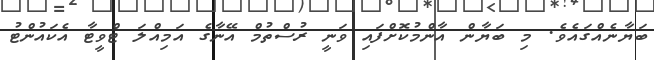
ބަޔާނެއްގައެވެ. މި ބަޔާން އާންމުކޮށްފައި ވަނީ ރުސްތުމް އޭނާގެ އަމިއްލަ ޓްވީޓާ އެކައުންޓު